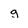
Character: g